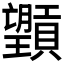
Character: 𪱮